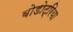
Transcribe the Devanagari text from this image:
बोडोट्रिया